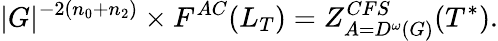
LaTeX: |G|^{-2(n_{0}+n_{2})}\times F^{AC}(L_{T})=Z_{A=D^{\omega}(G)}^{CFS}(T^{\ast}).